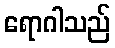
ရောဂါသည်